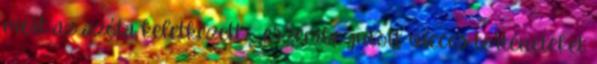
mert az azóta keletkezett eszembe jutott vicces történeteket